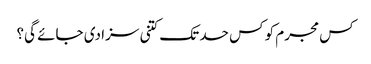
کس مجرم کو کس حد تک کتنی سزا دی جائے گی؟